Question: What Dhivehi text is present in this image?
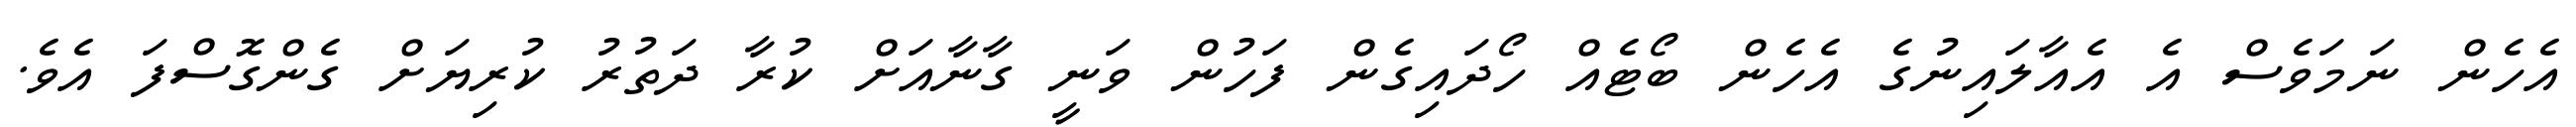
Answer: އެހެން ނަމަވެސް އެ އެއާލައިނުގެ އެހެން ބޯޓެއް ހޯދައިގެން ފަހުން ވަނީ ގާނާއަށް ކުރާ ދަތުރު ކުރިޔަށް ގެންގޮސްފަ އެވެ.